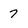
Character: 7